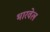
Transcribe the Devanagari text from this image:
भारवेल